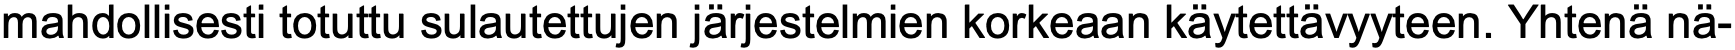
mahdollisesti totuttu sulautettujen järjestelmien korkeaan käytettävyyteen. Yhtenä nä-